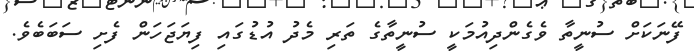
ފޭނަކަށް ސުނީތާ ވެގެންދިއުމަކީ ސުނީތާގެ ތަރި މެދު އުޑުގައި ފިޔަޖަހަން ފެށި ސަބަބެވެ.